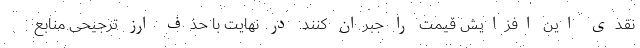
نقدی این افزایش قیمت را جبران کنند. در نهایت با حذف ارز ترجیحی منابع